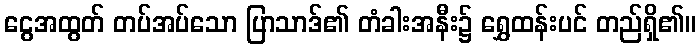
ငွေအထွတ် တပ်အပ်သော ပြာသာဒ်၏ တံခါးအနီး၌ ရွှေထန်းပင် တည်ရှိ၏။